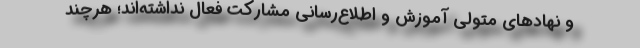
و نهادهای متولی آموزش و اطلاع‌رسانی مشارکت فعال نداشته‌اند؛ هرچند